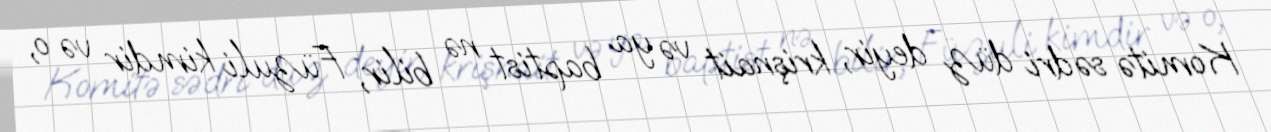
Komitə sədri düz deyir, krişnait və ya baptist nə bilir, Füzuli kimdir və o,